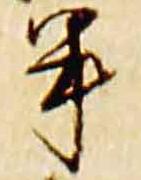
半